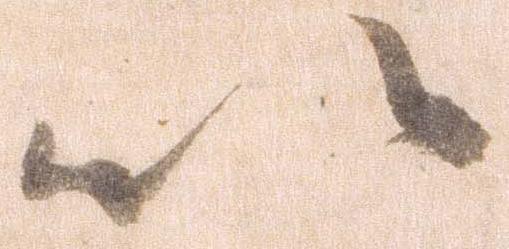
以